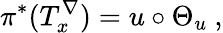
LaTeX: \pi^{*}(T_{x}^{\nabla})=u\circ\Theta_{u}\ ,